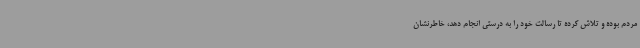
مردم بوده و تلاش کرده تا رسالت خود را به درستی انجام دهد، خاطرنشان